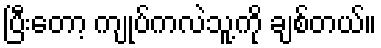
ပြီးတော့ ကျုပ်ကလဲသူ့ကို ချစ်တယ်။